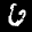
Label: 6